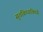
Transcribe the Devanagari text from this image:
सुचविण्याविषयी